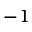
^ { - 1 }